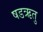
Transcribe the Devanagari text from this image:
षडऋतु